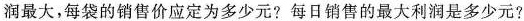
润最大，每袋的销售价应定为多少元?每日销售的最大利润是多少元?